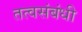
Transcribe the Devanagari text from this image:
तत्वसंबंधी